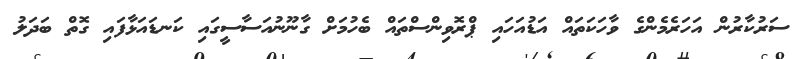
ސަރުކާރުން އަހަރެމެންގެ ވާހަކަތައް އަޑުއަހައި ޕްރޮވިންސްތައް ބެހުމަށް ގާނޫނުއަސާސީގައި ކަނޑައަޅާފައި ގޮތް ބަދަލު